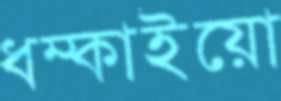
ধম্‌কাইয়ো